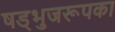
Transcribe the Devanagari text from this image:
षड्भुजरूपका